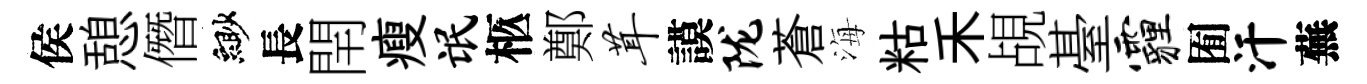
侯憩僭緲長閈瘦氓柩鄭茸謨陇蒼海䊀禾覘䑓霾囿汗蕪